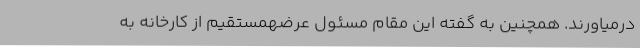
درمیاورند. همچنین به گفته این مقام مسئول عرضهمستقیم از کارخانه به